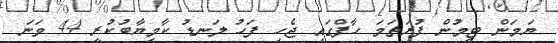
ޔަމަން ޓީމުން ފުރަތަމަ ހާފްގައި ޖެހި ފަހު ލަނޑު ކާމިޔާބުކުރީ 44 ވަނަ